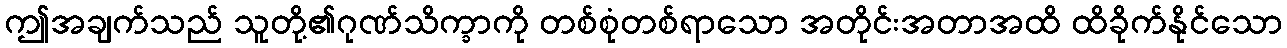
ဤအချက်သည် သူတို့၏ဂုဏ်သိက္ခာကို တစ်စုံတစ်ရာသော အတိုင်းအတာအထိ ထိခိုက်နိုင်သော